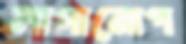
লাগানোপ